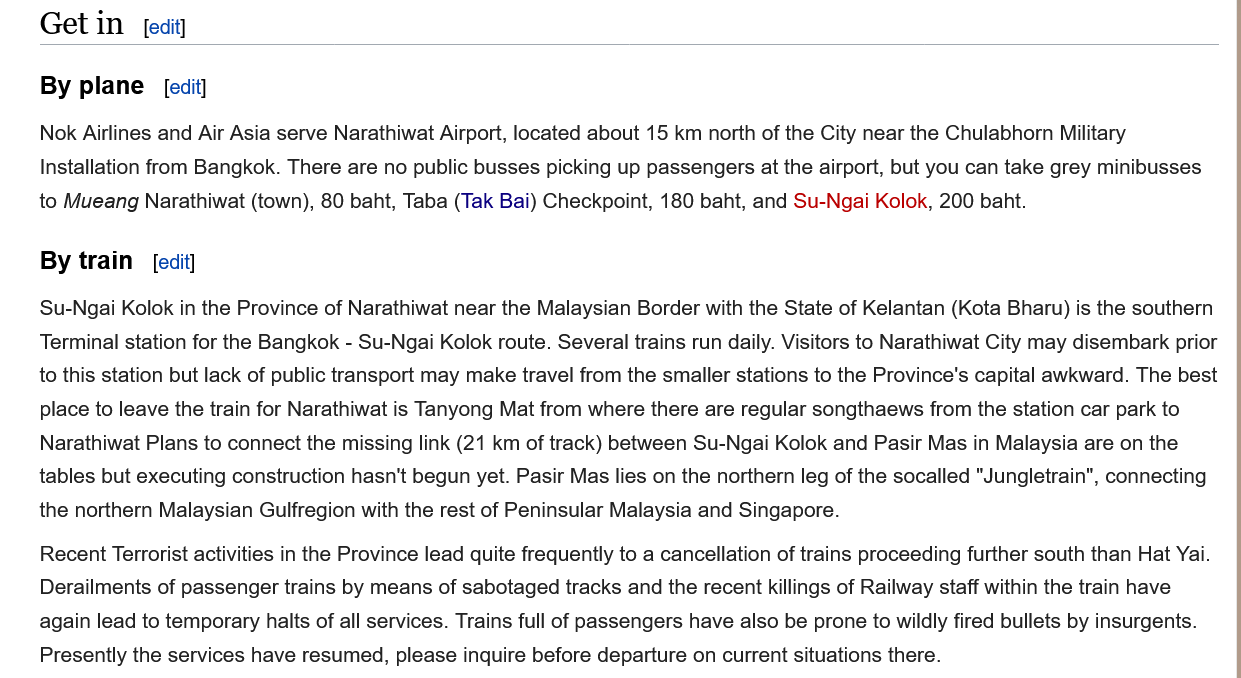
Get   in
    By  plane
    By train
     edit]
    Nok Airlines and Air Asia serve Narathiwat Airport, located about 15 km north of the City near the Chulabhorn Military
    Installation from Bangkok. There are no public busses picking up passengers at the airport, but you can take grey minibusses
    to Mueang Narathiwat (town), 80 baht, Taba (Tak Bai) Checkpoint, 180 baht, and Su-Ngai Kolok, 200 baht.
    Su-Ngai Kolok in the Province of Narathiwat near the Malaysian Border with the State of Kelantan (Kota Bharu) is the southern
    Terminal station for the Bangkok - Su-Ngai Kolok route. Several trains run daily. Visitors to Narathiwat City may disembark prior
    to this station but lack of public transport may make travel from the smaller stations to the Province's capital awkward. The best
    place to leave the train for Narathiwat is Tanyong Mat from where there are regular songthaews from the station car park to
    Narathiwat Plans to connect the missing link (21 km of track) between Su-Ngai Kolok and Pasir Mas in Malaysia are on the
    tables but executing construction hasn't begun yet. Pasir Mas lies on the northern leg of the socalled "Jungletrain", connecting
    the northern Malaysian Gulfregion with the rest of Peninsular Malaysia and Singapore.
    Recent Terrorist activities in the Province lead quite frequently to a cancellation of trains proceeding further south than Hat Yai.
    Derailments of passenger trains by means of sabotaged tracks and the recent killings of Railway staff within the train have
    again lead to temporary halts of all services. Trains full of passengers have also be prone to wildly fired bullets by insurgents.
    Precently the services have restumed please inquire hefore denarture on current situations there